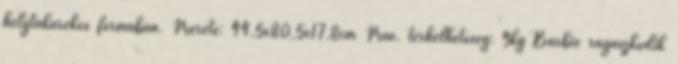
helytakarékos formában. Mérete: 44,5x80,5x17,8cm Max. terhelhetőség: 9kg Barbie ragaszkodik